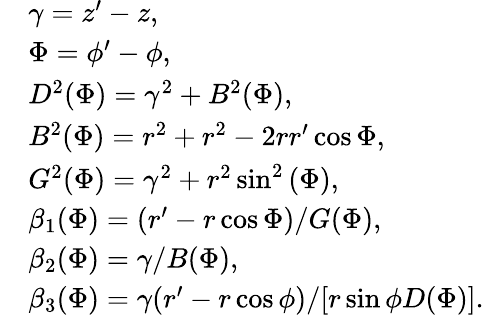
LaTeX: \begin{array}{rl}&{\gamma=z^{\prime}-z,}\\ &{\Phi=\phi^{\prime}-\phi,}\\ &{D^{2}(\Phi)=\gamma^{2}+B^{2}(\Phi),}\\ &{B^{2}(\Phi)=r^{2}+r^{2}-2rr^{\prime}\cos{\Phi},}\\ &{G^{2}(\Phi)=\gamma^{2}+r^{2}\sin^{2}{(\Phi)},}\\ &{\beta_{1}(\Phi)=(r^{\prime}-r\cos{\Phi})/G(\Phi),}\\ &{\beta_{2}(\Phi)=\gamma/B(\Phi),}\\ &{\beta_{3}(\Phi)=\gamma(r^{\prime}-r\cos{\phi})/[r\sin{\phi}D(\Phi)].}\end{array}